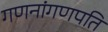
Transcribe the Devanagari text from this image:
गणनांगणपति